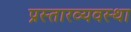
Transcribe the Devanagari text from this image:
प्रस्तारव्यवस्था